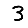
Digit: 3